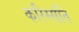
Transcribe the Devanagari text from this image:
करिस्संति